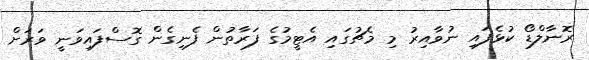
ރޮނާލްޑޯ ކުޅެފައި ނުވާއިރު މި މެޗުގައި އެޓީމުގެ ފަރާތުން ފެނިގެން ގޮސްފައިވަނީ ވަރަށް